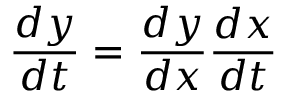
{ \frac { d y } { d t } } = { \frac { d y } { d x } } { \frac { d x } { d t } }